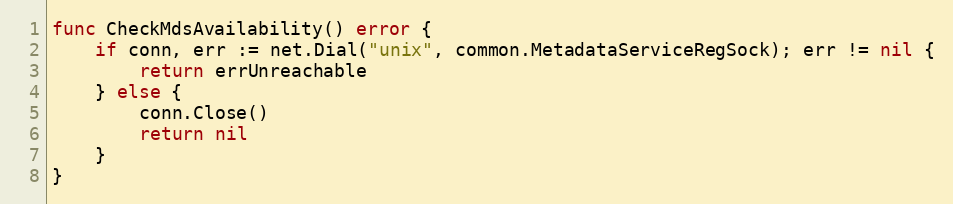
Language: Go
func CheckMdsAvailability() error {
	if conn, err := net.Dial("unix", common.MetadataServiceRegSock); err != nil {
		return errUnreachable
	} else {
		conn.Close()
		return nil
	}
}